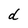
Character: d